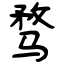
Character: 骛